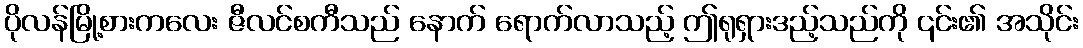
ပိုလန်မြို့စားကလေး ဇီလင်စကီသည် နောက် ရောက်လာသည့် ဤရုရှားဒည့်သည်ကို ၎င်း၏ အသိုင်း